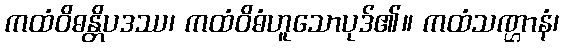
ကထံဝိဓန္တိပဒဿ၊ ကထံဝိဓံဟူသောပုဒ်၏။ ကထံသဏ္ဌာနံ၊